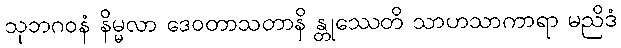
သုဘဂဝနံ နိမ္မလာ ဒေဝတာသတာနိ န္တုဿေတိ သာဟသာကာရာ မညိဒံ